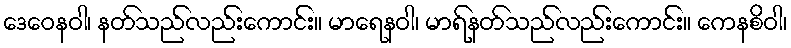
ဒေဝေနဝါ၊ နတ်သည်လည်းကောင်း။ မာရေနဝါ၊ မာရ်နတ်သည်လည်းကောင်း။ ကေနစိဝါ၊